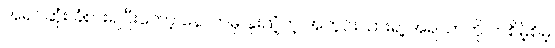
အရင်ဆုံး ခံစားရပြီးတော့ နောက်မှ နူးညံ့တဲ့ အတွင်းသားရဲ့ အရသာကို တစိမ့်စိမ့်